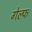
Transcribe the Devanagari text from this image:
गेल्फ